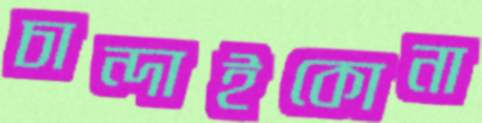
চান্দাইকোনা